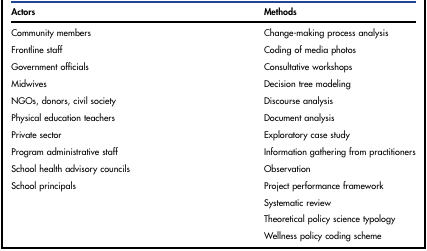
| Actors | Methods |
 | --- | --- |
 | Community members | Change-making process analysis |
 | Frontline staff | Coding of media photos |
 | Government officials | Consultative workshops |
 | Midwives | Decision tree modeling |
 | NGOs, donors, civil society | Discourse analysis |
 | Physical education teachers | Document analysis |
 | Private sector | Exploratory case study |
 | Program administrative staff | Information gathering from practitioners |
 | School health advisory councils | Observation |
 | School principals | Project performance framework |
 |  | Systematic review |
 |  | Theoretical policy science typology |
 |  | Wellness policy coding scheme |